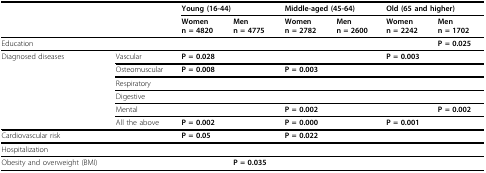
|  |  | <COLSPAN=2> Young (16-44) | <COLSPAN=2> Middle-aged (45-64) | <COLSPAN=2> Old (65 and higher) |
 |  |  | Womenn = 4820 | Menn = 4775 | Womenn = 2782 | Menn = 2600 | Womenn = 2242 | Menn = 1702 |
 | --- | --- | --- | --- | --- | --- | --- | --- |
 | Education |  |  |  |  |  |  | P = 0.025 |
 | Diagnosed diseases | Vascular | P = 0.028 |  |  |  | P = 0.003 |  |
 |  | Osteomuscular | P = 0.008 |  | P = 0.003 |  |  |  |
 |  | Respiratory |  |  |  |  |  |  |
 |  | Digestive |  |  |  |  |  |  |
 |  | Mental |  |  | P = 0.002 |  |  | P = 0.002 |
 |  | All the above | P = 0.002 |  | P = 0.000 |  | P = 0.001 |  |
 | Cardiovascular risk |  | P = 0.05 |  | P = 0.022 |  |  |  |
 | Hospitalization |  |  |  |  |  |  |  |
 | Obesity and overweight (BMI) |  |  | P = 0.035 |  |  |  |  |